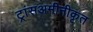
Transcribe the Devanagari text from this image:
ट्रांसअमीनीकृत